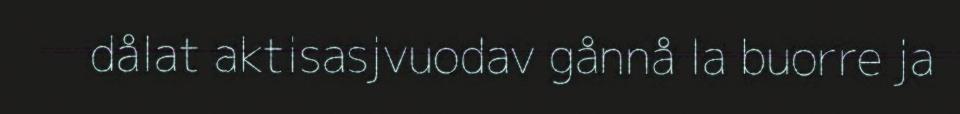
dålat aktisasjvuodav gånnå la buorre ja